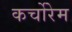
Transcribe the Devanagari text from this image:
कर्चोरेम